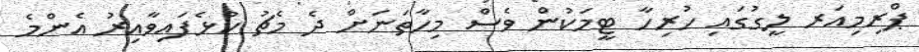
ޕްރިމިއަރ ލީގުގައި ހުރިހާ ޓީމަކުން ވެސް މިހާތަނަށް ދެ މެޗު ކުޅެފައިވާއިރު އެންމެ